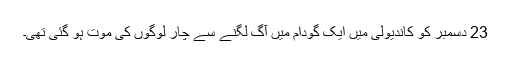
23 دسمبر کو کاندیولی میں ایک گودام میں آگ لگنے سے چار لوگوں کی موت ہو گئی تھی۔